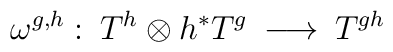
\omega^{g,h}: \: T^h \otimes h^* T^g \: \longrightarrow \: T^{gh}